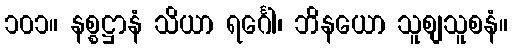
၁၀၁။ နစ္စဋ္ဌာနံ သိယာ ရင်္ဂေါ၊ ဘိနယော သူစျသူစနံ။